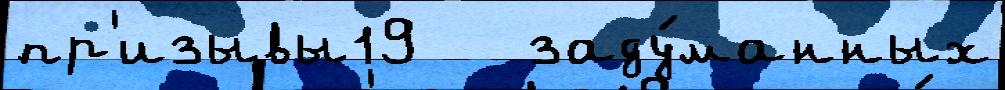
пр'изывы19   заду́манных